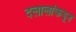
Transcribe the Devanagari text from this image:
दलालांकडून